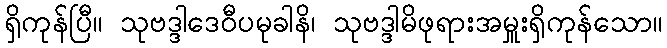
ရှိကုန်ပြီ။ သုဗဒ္ဒါဒေဝီပမုခါနိ၊ သုဗဒ္ဒါမိဖုရားအမှူးရှိကုန်သော။